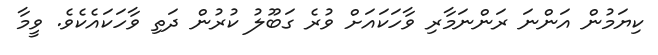
ކިޔަމުން އަންނަ ރަންނަމާރި ވާހަކައަށް ވުރެ ގަބޫލު ކުރުން ދަތި ވާހަކައެކެވެ. ވީމާ